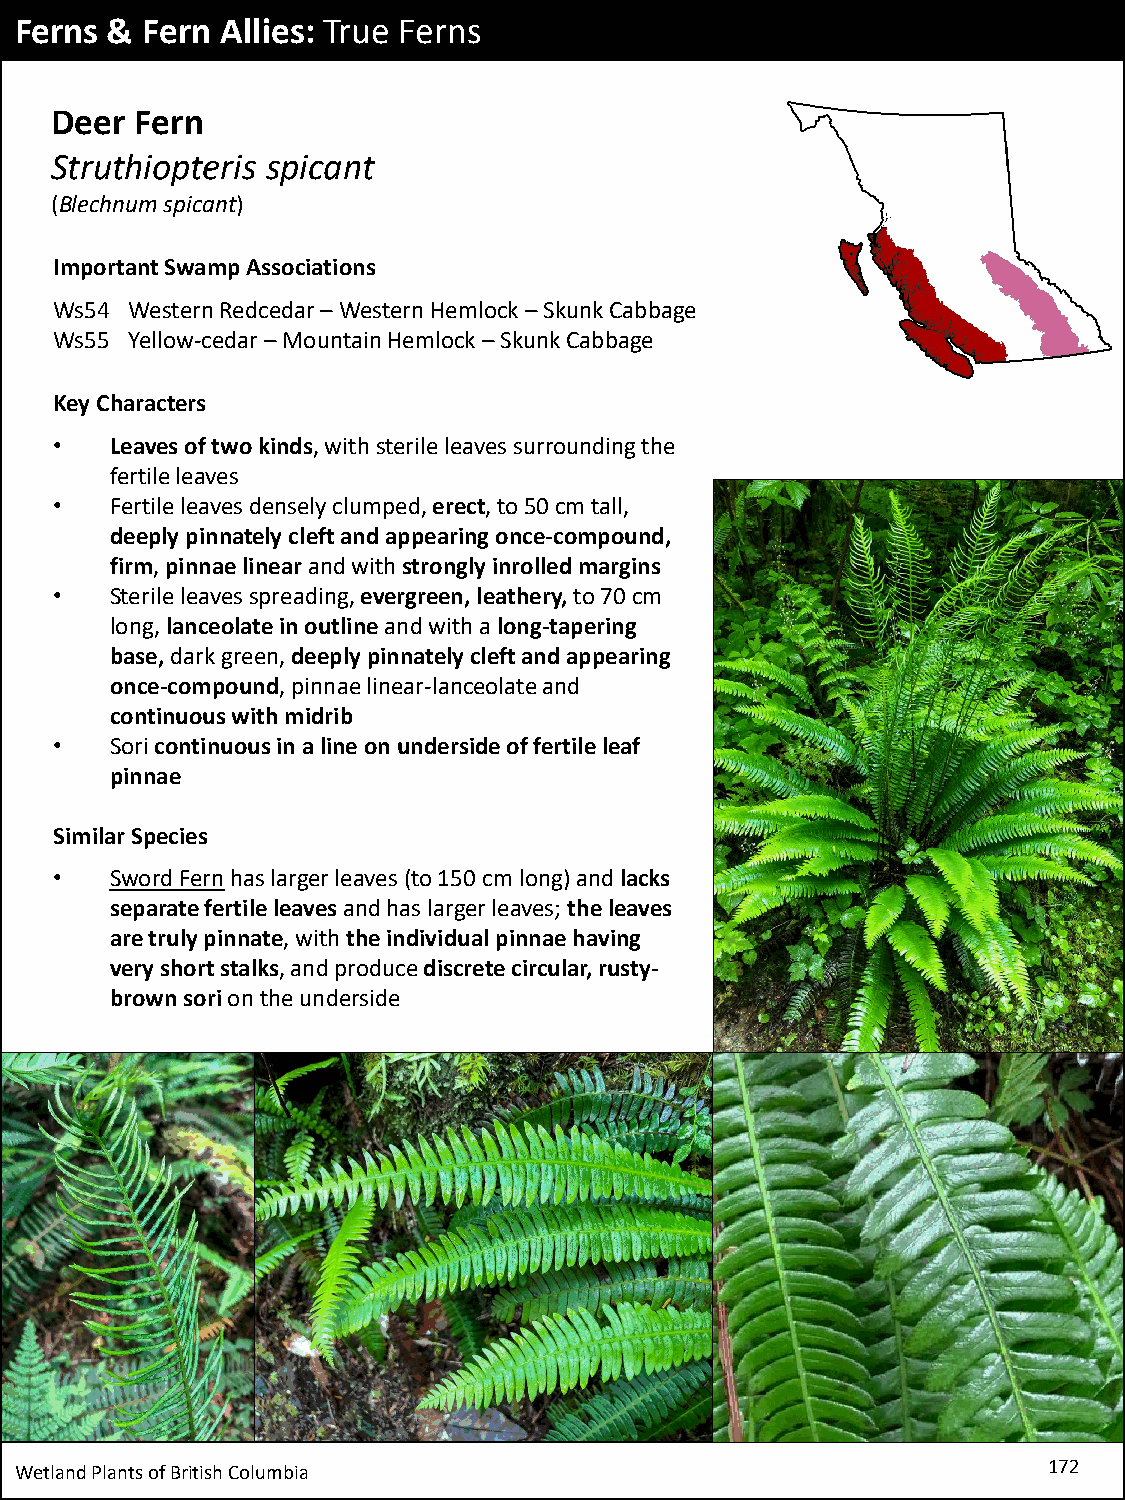
Ferns & Fern  Allies: True Ferns
 Deer  Fern
 Struthiopteris spicant
 (Blechnumspicant)
 Important Swamp Associations
 Ws54 Western Redcedar–Western Hemlock –Skunk Cabbage
 Ws55 Yellow-cedar –Mountain Hemlock –Skunk Cabbage
 Key Characters
 •  Leaves of two kinds, with sterile leaves surrounding the
 fertile leaves
 •  Fertile leaves densely clumped, erect, to 50 cm tall,
 deeply pinnately cleft and appearing once-compound,
 firm, pinnae linear and with strongly inrolledmargins
 •  Sterile leaves spreading, evergreen, leathery,to 70 cm
 long, lanceolatein outlineand with a long-tapering
 base, dark green, deeply pinnately cleft and appearing
 once-compound, pinnae linear-lanceolate and
 continuous with midrib
 •  Soricontinuous in a line on underside of fertile leaf
 pinnae
 Similar Species
 •  Sword Fernhas larger leaves (to 150 cm long) andlacks
 separate fertile leavesand has larger leaves; the leaves
 are truly pinnate, with the individual pinnae having
 very short stalks, and produce discrete circular, rusty-
 brown sorion the underside
 Wetland Plants of British Columbia                                  172